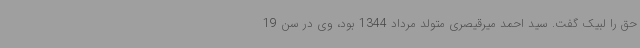
حق را لبیک گفت. سید احمد میرقیصری متولد مرداد 1344 بود، وی در سن 19